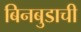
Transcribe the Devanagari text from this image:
बिनबुडाची